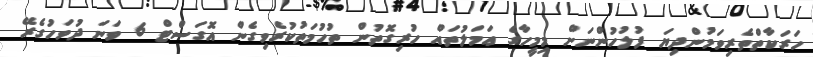
ހަރަކާތްތެރިވަމުންދިޔަ ފުލުހުންނަށް މިމީހާގެ ޢަމަލުތައް ހުރިގޮތުން ތުހުމަތުކުރެވިގެން އޮގަސްޓް 6 ވަނަ ދުވަހުގެރޭ